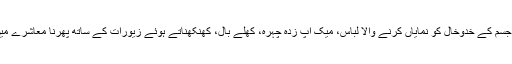
کسی بھی عورت کا بازار میں چست یعنی جسم کے خدوخال کو نمایاں کرنے والا لباس، میک اپ زدہ چہرہ، کھلے بال، کھنکھناتے ہوئے زیورات کے ساتھ پھرنا معاشرے میں بے راہ روی پھیلانے کی کوشش ہو گی۔